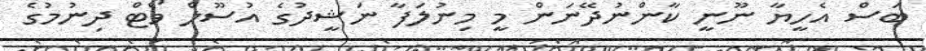
ބަސް އެހީޔާ ނޫނީ ކާންނުދޭނަން މީ މިނުލަފާ ނަޝީދުގެ އުސޫލް ވޯޓް ދިނުމުގެ